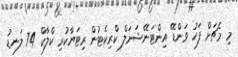
މި މެޗަށް ފަހު ވަންޑޭ އިންޓަނޭޝަނަލް ކްރިކެޓުން ރިޓަޔާކުރި ކްލާކް 74 ލަނޑު